Annual report of the Punjab Veterinary College and of the Civil Veterinary Department, Punjab - 1894-1908
Year: 1894
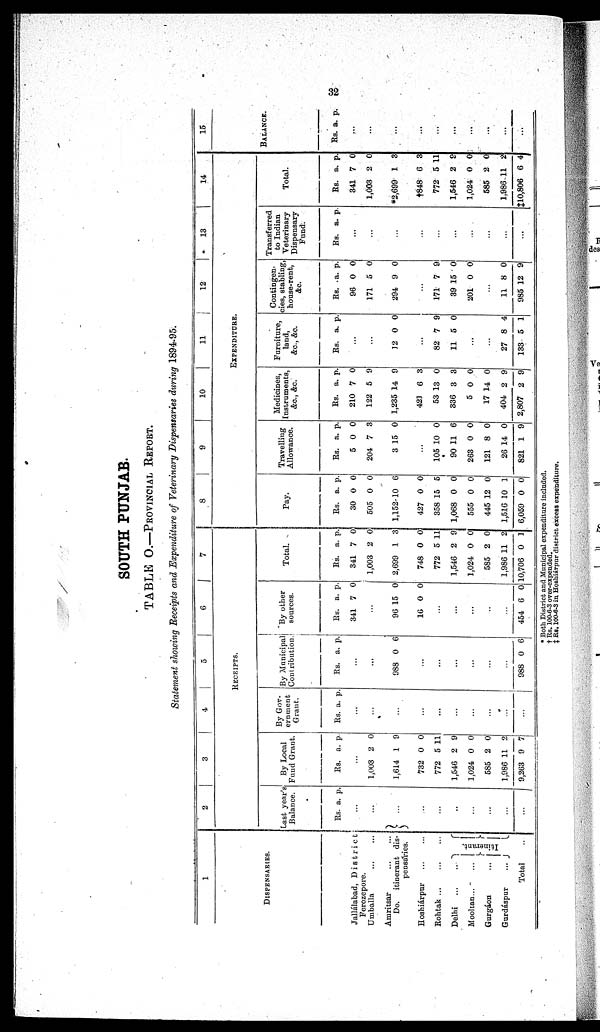
32
SOUTH PUNJAB.
TABLE O.—PROVINCIAL REPORT.
Statement showing Receipts and Expenditure of Veterinary Dispensaries during 1894-95.
1
DISPENSARIES.
Jallálabad, District
Ferozepore.
Umballa ... ...
Amritsar
...
Do. itinerant dis-
pensaries.
...
Hoshiárpur ... ...
Rohtak ... ... ...
Delhi
...
...
Mooltan
...
...
Gurgáon
...
Gurdáspur
... Itinerant.
Total ..
2
3
4
3
6
7
RECEIPTS.
Last year's
Balance.
Rs. a. p.
...
.
..
...
...
...
...
...
...
...
...
...
By Local
Fund Grant.
Rs. a. p.
...
1,003
1,614
732
772
1,546
1,024
585
1,986
9,263
2
1
0
5
2
0
2
11
9
0
9
0
11
9
0
0
2
7
By Gov-
ernment
Grant
.
Rs. a. p.
...
...
...
.
..
...
...
...
..
. ...
...
By Municipal
Contribution
Rs. a. p.
...
...
988 0 6
...
...
...
...
...
...
988 0 6
By other
sources.
Rs.
341
a.
7
p.
0
...
96
16
15
0
0
0
...
...
...
...
...
454 6 0
Total.
Rs.
341
1,003
2,699
748
772
1,546
1,024
585
1,986
10,706
a.
7
2
1
0
5
2
0
2
11
0
p.
0
0
3
0
11
9
0
0
2
1
8
9
10
11
12
13
14
EXPENDITURE.
Pay.
Rs.
30
505
1,152-
427
358
1,068
555
445
1,516
6,059
a.
0
0
10
0
15
0
0
12
10
0
p.
0
0
6
0
5
0
0
0
1
0
Travelling
Allowance.
Rs.
5
204
3
a.
0
7
15
p.
0
3
0
...
105
90
263
121
26
821
10
11
0
8
14
1
0
6
0
0
0
9
Medicines,
Instruments,
&c.,
&c.
Rs.
210
122
1,235
421
53
336
5
17
404
2,807
a.
7
5
14
6
13
3
0
14
2
2
p.
0
9
9
3
0
3
0
0
9
9
Furniture,
land,
&c., &c.
Rs. a. p.
...
...
12 0 0
...
82
11
7
5
9
0
...
...
27
133
8
5
4
1
Contingen-
cies, stabling,
house-rent,
&c.
Rs.
96
171
294
a.
0
5
9
p.
0
0
0
...
171
39
201
7
15
0
9
0
0
...
11
985
8
12
0
9
Transferred
to Indian
Veterinary
Dispensary
Fund.
Rs. a . p.
...
...
...
...
...
...
...
...
...
...
Total.
Rs.
341
1,003
*2,699
†848
772
1,546
1,024
585
1,986
‡10,806
a.
7
2
1
6
5
2
0
2
11
6
p.
0
0
3
3
11
9
0
0
2
4
15
BALANCE.
Rs.
a.
a. p
...
...
...
...
...
...
...
...
...
...
* Both District and Municipal expenditure included.
† Rs. 100-6-3 over-expended.
‡ Rs. 100-6-3 in Hoshiárpur district, excess expenditure.